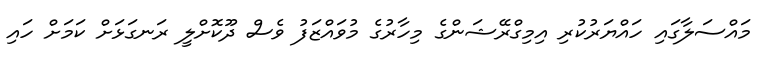
މައްސަލާގައި ހައްޔަރުކުރި އިމިގްރޭޝަންގެ މިހާރުގެ މުވައްޒަފު ވެސް ދޫކޮށްލީ ރަނގަޅަށް ކަމަށް ހައި